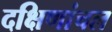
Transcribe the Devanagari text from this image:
दक्षिणांचल